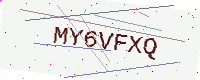
Text: MY6VFXQ